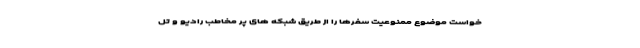
خواست موضوع ممنوعیت سفرها را از طریق شبکه های پر مخاطب رادیو و تل